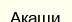
Акаши